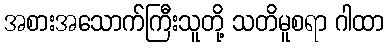
အစားအသောက်ကြီးသူတို့ သတိမူစရာ ဂါထာ